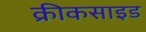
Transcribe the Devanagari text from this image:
क्रीकसाइड